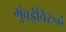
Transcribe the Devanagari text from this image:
मुंबईविरुद्ध